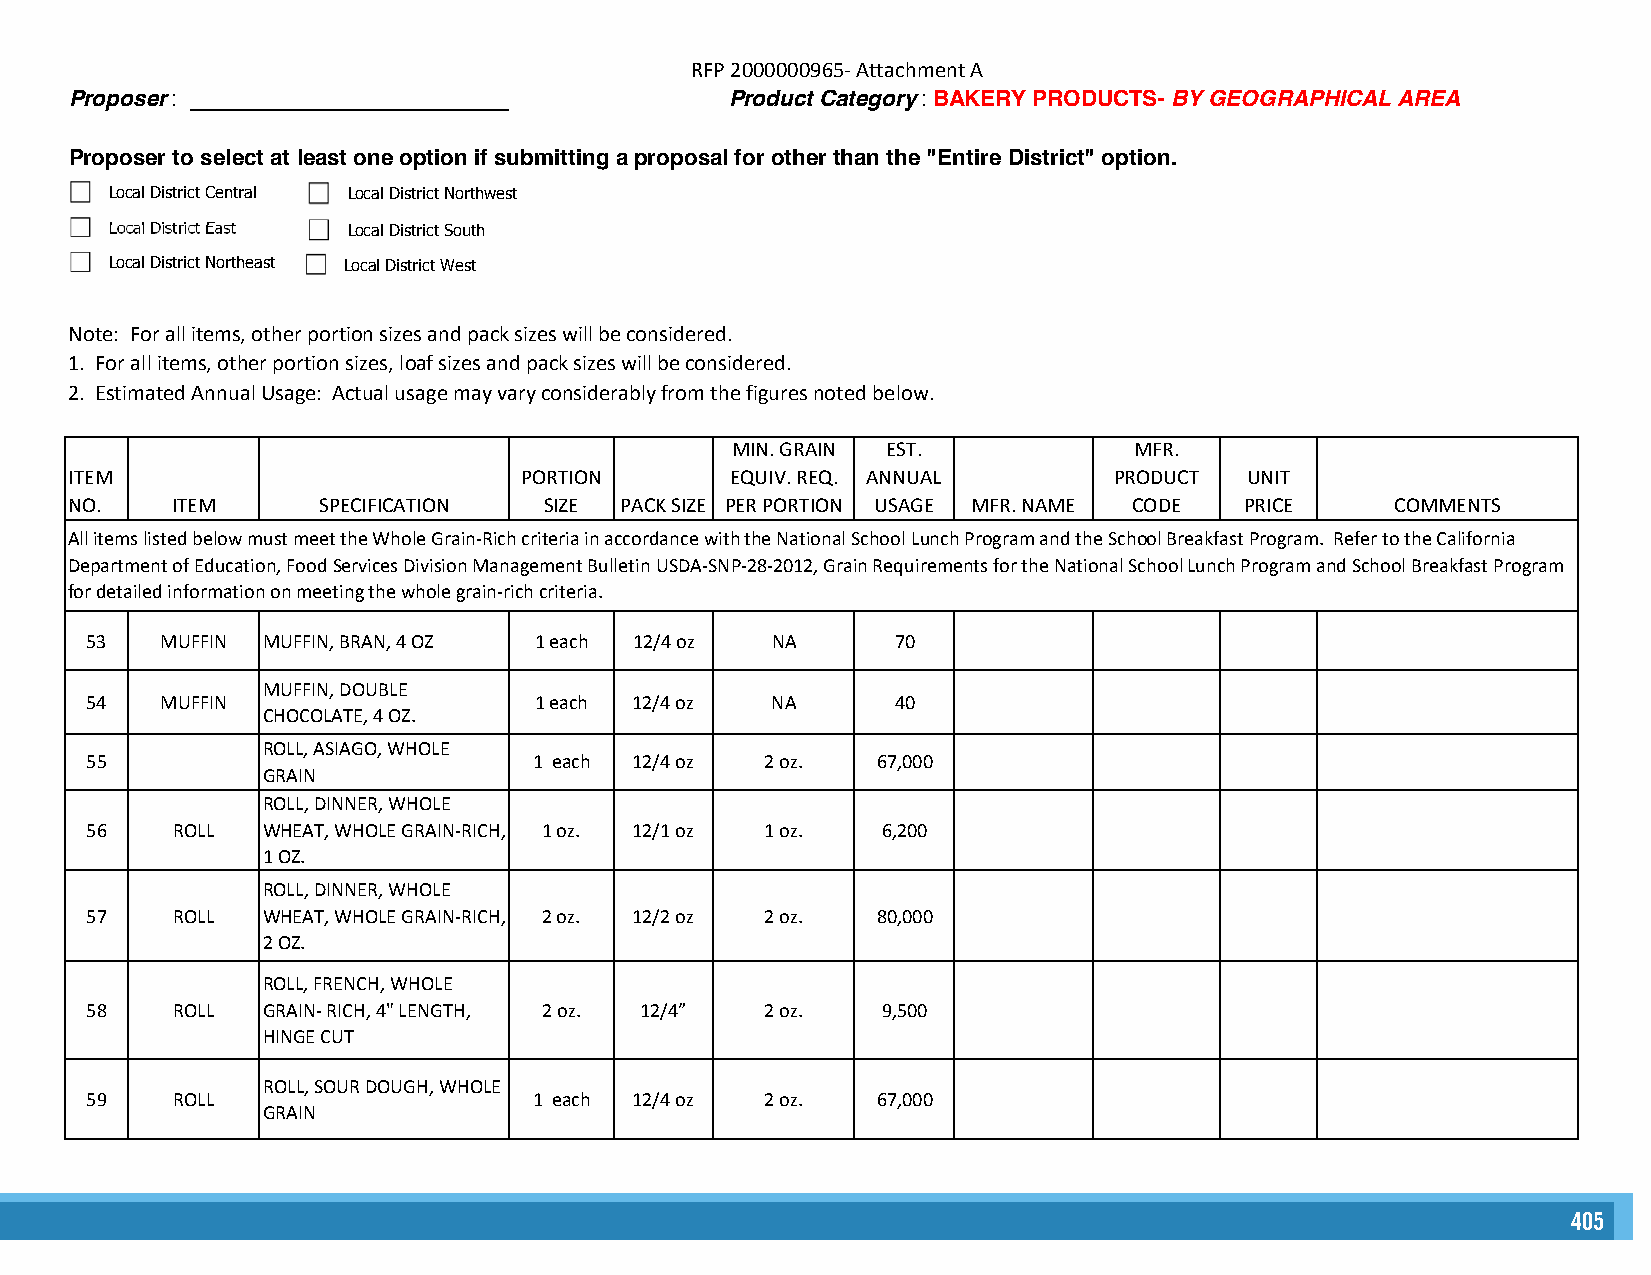
RFP 2000000965- Attachment A
 Proposer: __________________________       Product Category: BAKERY PRODUCTS- BY GEOGRAPHICAL AREA
 Proposer to select at least one option if submitting a proposal for other than the "Entire District" option.
 Local District Central Local District Northwest
 Local District East Local District South
 Local District Northeast Local District West
 Note: For all items, other portion sizes and pack sizes will be considered.
 1. For all items, other portion sizes, loaf sizes and pack sizes will be considered.
 2. Estimated Annual Usage: Actual usage may vary considerably from the figures noted below.
 MIN. GRAIN EST.            MFR.
 ITEM                         PORTION       EQUIV. REQ. ANNUAL        PRODUCT  UNIT
 NO.   ITEM      SPECIFICATION  SIZE PACK SIZE PER PORTION USAGE MFR. NAME CODE PRICE   COMMENTS
 All items listed below must meet the Whole Grain-Rich criteria in accordance with the National School Lunch Program and the School Breakfast Program. Refer to the California
 Department of Education, Food Services Division Management Bulletin USDA-SNP-28-2012, Grain Requirements for the National School Lunch Program and School Breakfast Program
 for detailed information on meeting the whole grain-rich criteria.
 53   MUFFIN MUFFIN, BRAN, 4 OZ 1 each 12/4 oz NA     70
 MUFFIN, DOUBLE
 54   MUFFIN                  1 each 12/4 oz  NA      40
 CHOCOLATE, 4 OZ.
 ROLL, ASIAGO, WHOLE
 55                           1 each 12/4 oz  2 oz.  67,000
 GRAIN
 ROLL, DINNER, WHOLE
 56   ROLL  WHEAT, WHOLE GRAIN-RICH, 1 oz. 12/1 oz 1 oz. 6,200
 1 OZ.
 ROLL, DINNER, WHOLE
 57   ROLL  WHEAT, WHOLE GRAIN-RICH, 2 oz. 12/2 oz 2 oz. 80,000
 2 OZ.
 ROLL, FRENCH, WHOLE
 58   ROLL  GRAIN- RICH, 4" LENGTH, 2 oz. 12/4” 2 oz. 9,500
 HINGE CUT
 ROLL, SOUR DOUGH, WHOLE
 59   ROLL                    1 each 12/4 oz  2 oz.  67,000
 GRAIN
 405